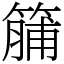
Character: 䈻